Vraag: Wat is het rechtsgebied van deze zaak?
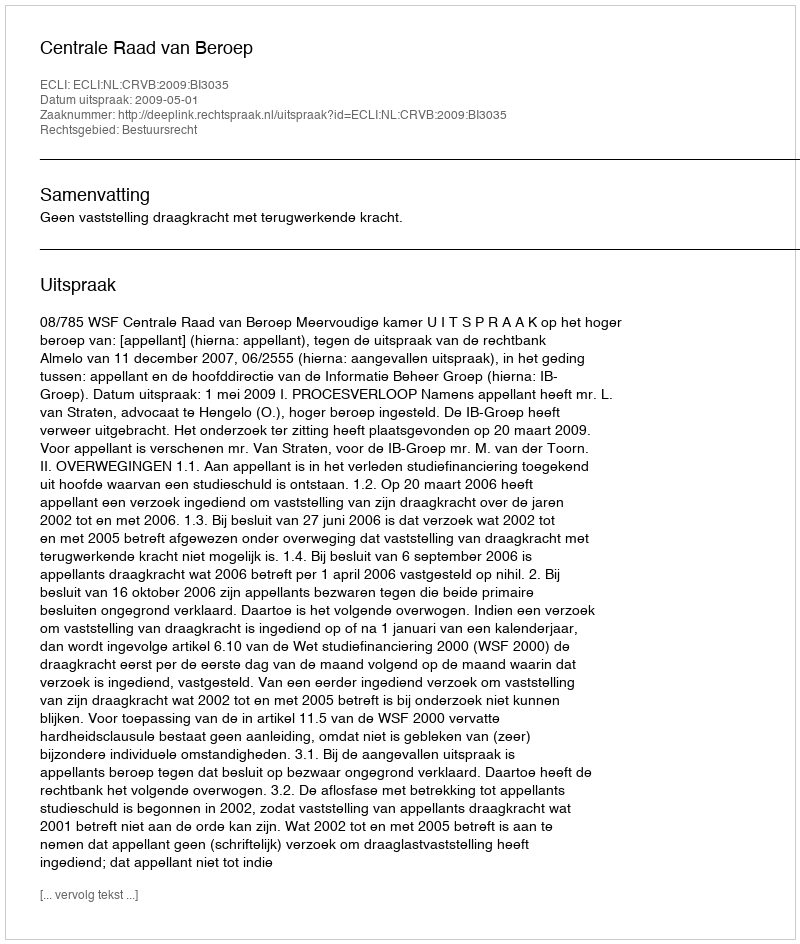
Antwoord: Bestuursrecht